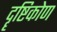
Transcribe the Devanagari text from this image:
दॄष्टिकोण